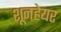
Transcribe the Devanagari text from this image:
शूनहेयर